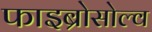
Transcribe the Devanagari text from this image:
फाइब्रोसोल्व